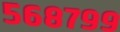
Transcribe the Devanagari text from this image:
५६८७९९